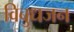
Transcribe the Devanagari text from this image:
विबुधजन